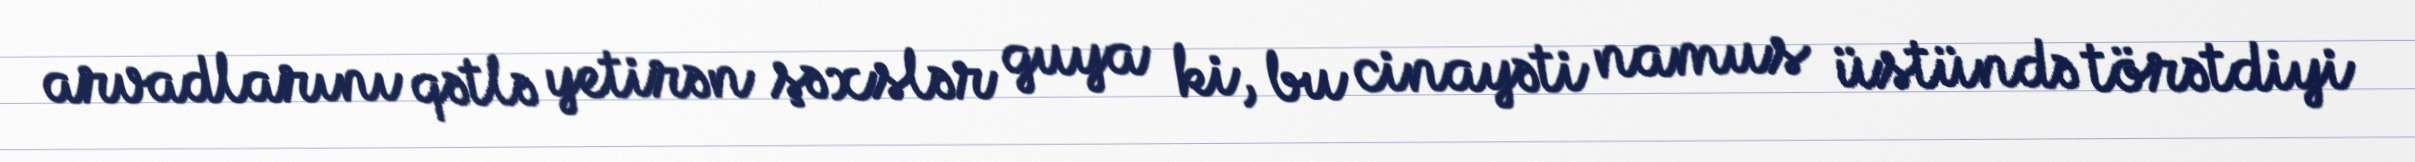
arvadlarını qətlə yetirən şəxslər guya ki, bu cinayəti namus üstündə törətdiyi